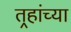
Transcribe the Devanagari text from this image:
तर्‍हांच्या